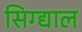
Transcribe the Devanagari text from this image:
सिग्द्याल